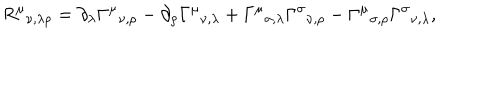
R ^ { \mu } { } _ { \nu , \lambda \rho } = \partial _ { \lambda } \Gamma ^ { \mu } { } _ { \nu , \rho } - \partial _ { \rho } \Gamma ^ { \mu } { } _ { \nu , \lambda } + \Gamma ^ { \mu } { } _ { \sigma , \lambda } \Gamma ^ { \sigma } { } _ { \nu , \rho } - \Gamma ^ { \mu } { } _ { \sigma , \rho } \Gamma ^ { \sigma } { } _ { \nu , \lambda } ,